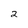
Character: 2